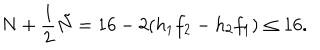
LaTeX: N + \frac { 1 } { 2 } \tilde { N } = 1 6 - 2 ( h _ { 1 } f _ { 2 } - h _ { 2 } f _ { 1 } ) \leq 1 6 .